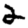
Digit: 2